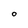
Character: O